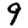
Digit: 9